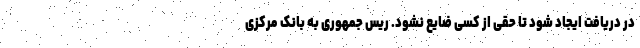
در دریافت ایجاد شود تا حقی از کسی ضایع نشود. ریس جمهوری به بانک مرکزی